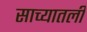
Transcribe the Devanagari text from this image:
साच्यातली